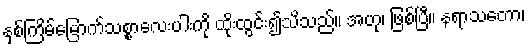
နှစ်ကြိမ်မြောက်သစ္စာလေးပါးကို ထိုးထွင်း၍သိသည်။ အဟု၊ ဖြစ်ပြီ။ နရာသတော၊